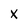
Character: x